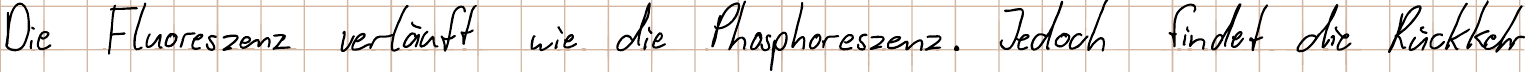
Die Fluoreszenz verläuft wie die Phosphoreszenz. Jedoch findet die Rückkehr